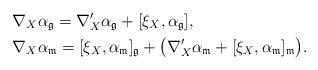
LaTeX: \begin{align*}&\nabla_X\alpha_{\mathfrak{g}} =\nabla'_X\alpha_{\mathfrak{g}}+[\xi_X,\alpha_{\mathfrak{g}}],\\&\nabla_X\alpha_{\mathfrak{m}} =[\xi_X,\alpha_{\mathfrak{m}}]_{\mathfrak{g}}+\big( \nabla'_X\alpha_{\mathfrak{m}}+[\xi_X,\alpha_{\mathfrak{m}}]_{\mathfrak{m}} \big).\end{align*}